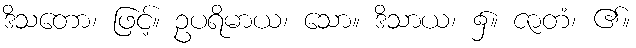
ဒိသတော၊ ဖြင့်။ ဥပရိမာယ၊ သော။ ဒိသာယ၊ ၌။ ဇာတံ၊ ၏။